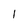
Character: 1